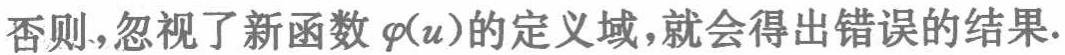
否则,忽视了新函数\(\varphi(u)\)的定义域,就会得出错误的结果.